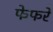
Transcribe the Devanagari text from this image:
फेफरे